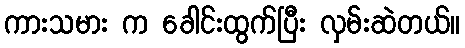
ကားသမား က ခေါင်းထွက်ပြီး လှမ်းဆဲတယ်။